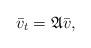
LaTeX: \begin{align*}\bar{v}_t=\mathfrak{A}\bar{v},\end{align*}